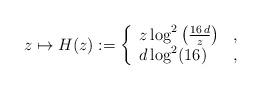
LaTeX: \begin{align*}z\mapsto H(z):=\left\{\begin{array}{ll}z \log^2\left(\frac{16\,d}{z}\right) & ,\\d\log^2(16)& ,\\\end{array}\right.\end{align*}